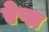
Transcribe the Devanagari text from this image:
ऐप्ल